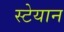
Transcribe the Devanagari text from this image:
स्टेयान